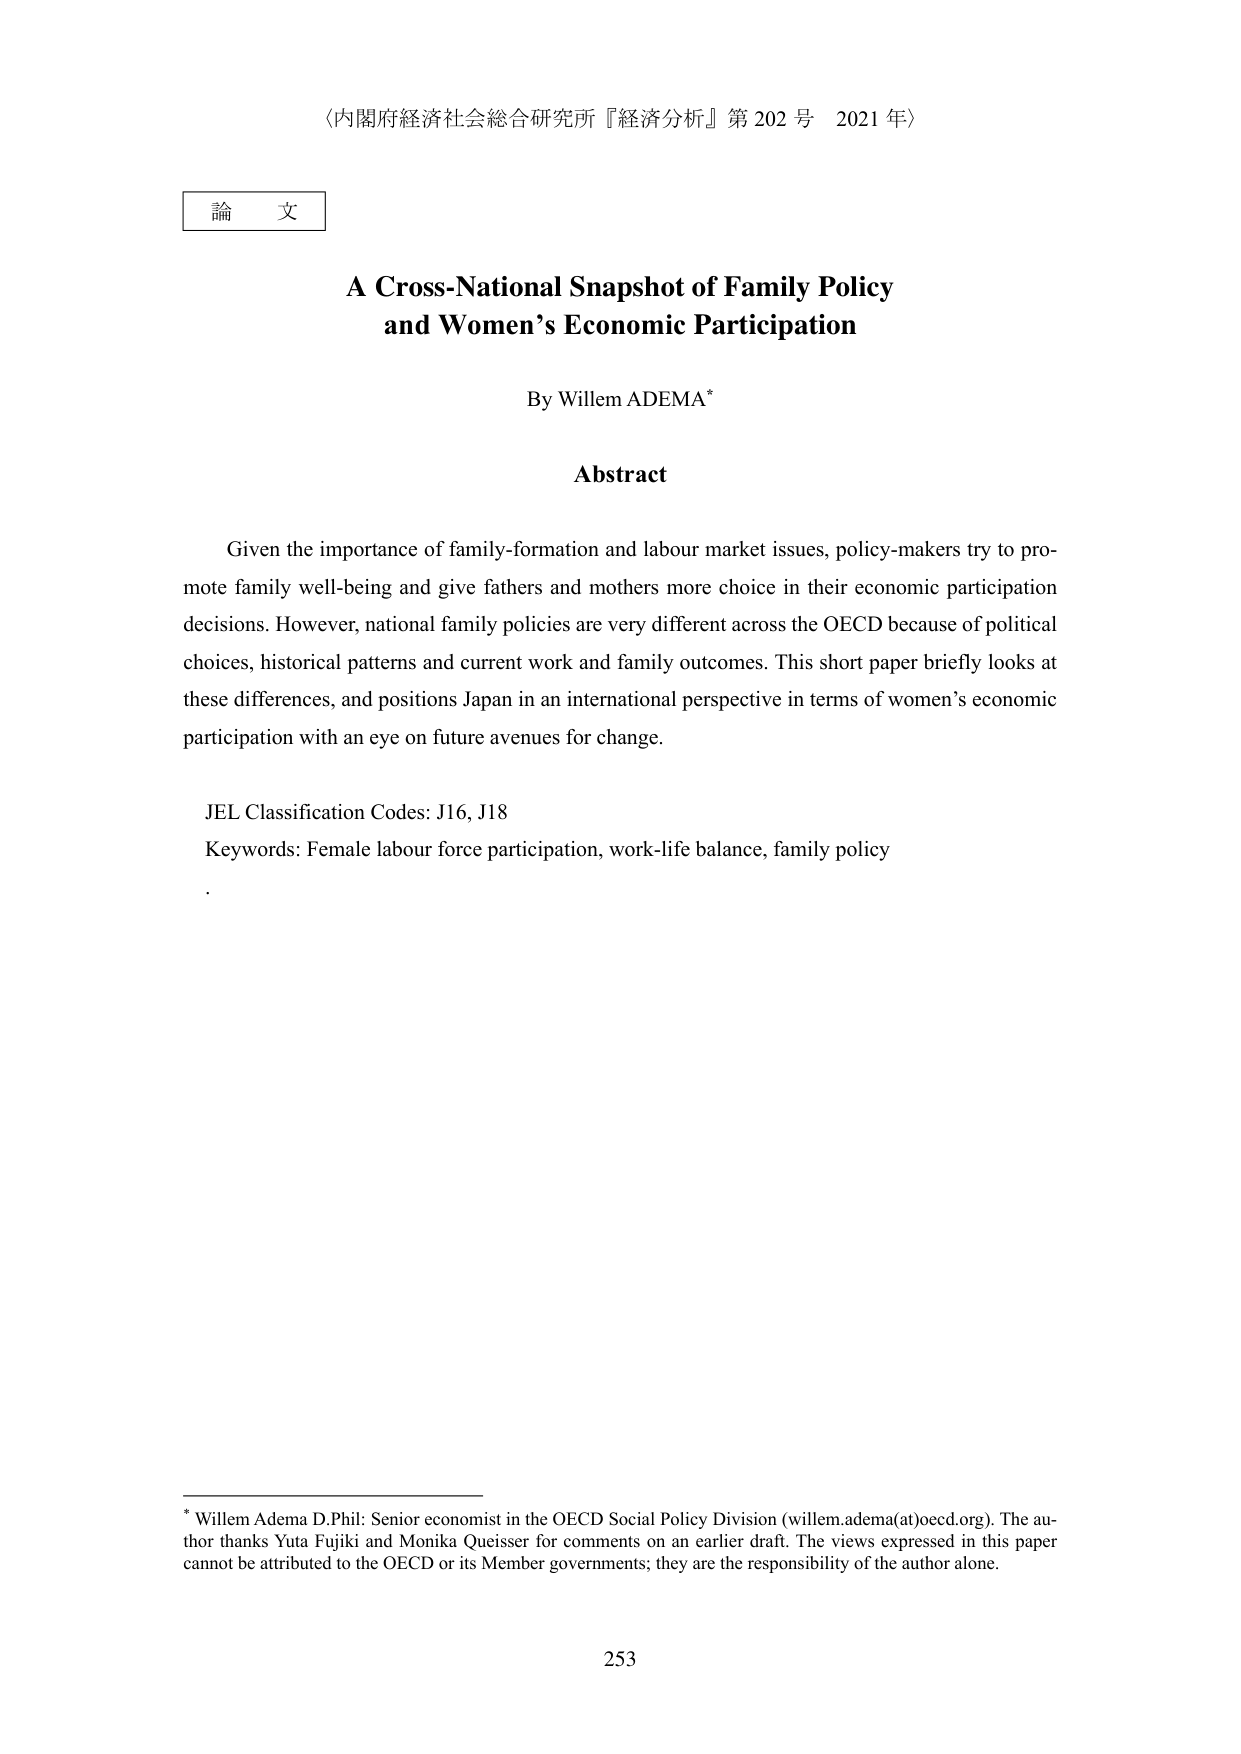
〈内閣府経済社会総合研究所『経済分析』第202号 2021年〉

論文

A Cross-National Snapshot of Family Policy
and Women’s Economic Participation

By Willem ADEMA*

Abstract

Given the importance of family-formation and labour market issues, policy-makers try to promote family well-being and give fathers and mothers more choice in their economic participation decisions. However, national family policies are very different across the OECD because of political choices, historical patterns and current work and family outcomes. This short paper briefly looks at these differences, and positions Japan in an international perspective in terms of women’s economic participation with an eye on future avenues for change.

JEL Classification Codes: J16, J18
Keywords: Female labour force participation, work-life balance, family policy

*

Willem Adema D.Phil: Senior economist in the OECD Social Policy Division (willem.adema(at)oecd.org). The author thanks Yuta Fujiki and Monika Queisser for comments on an earlier draft. The views expressed in this paper cannot be attributed to the OECD or its Member governments; they are the responsibility of the author alone.

253